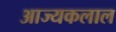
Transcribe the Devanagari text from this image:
आज्यकलाल